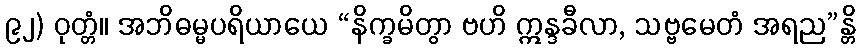
၉၂) ဝုတ္တံ။ အဘိဓမ္မပရိယာယေ “နိက္ခမိတွာ ဗဟိ ဣန္ဒခီလာ, သဗ္ဗမေတံ အရည”န္တိ